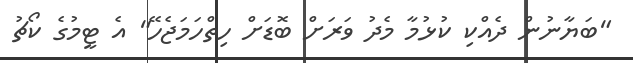
"ބަޔާނުން ދެއްކި ކުޅުމާ މެދު ވަރަށް ބޮޑަށް ހިތްހަމަޖެހޭ" އެ ޓީމުގެ ކޯޗު